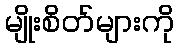
မျိုးစိတ်များကို